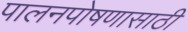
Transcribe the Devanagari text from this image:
पालनपोषणासाठी